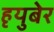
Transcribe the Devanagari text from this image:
हृयुबेर